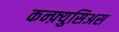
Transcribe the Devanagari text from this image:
कन्फ़्युसिअस